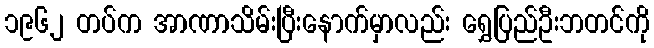
၁၉၆၂ တပ်က အာဏာသိမ်းပြီးနောက်မှာလည်း ရွှေပြည်ဦးဘတင်ကို